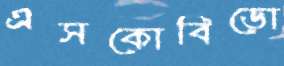
এসকোবিডো